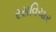
રસવિચાર